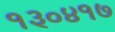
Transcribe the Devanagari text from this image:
१३०४१७